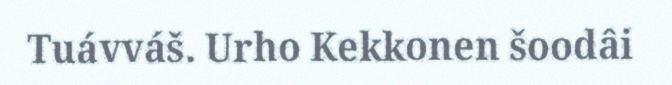
Tuávváš. Urho Kekkonen šoodâi